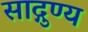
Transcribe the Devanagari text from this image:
साद्गुण्य